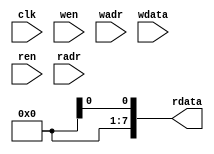
module ram_sync_1r1w
#(
  parameter DATA_WIDTH = 8,
  parameter ADDR_WIDTH = 7,
  parameter DEPTH = 128
)(
  input clk,
  input wen,
  input [ADDR_WIDTH - 1 : 0] wadr,
  input [DATA_WIDTH - 1 : 0] wdata,
  input ren,
  input [ADDR_WIDTH - 1 : 0] radr,
  output [DATA_WIDTH - 1 : 0] rdata
);
  
  // synopsys translate_off
  reg [DATA_WIDTH - 1 : 0] rdata_reg;
  
  reg [DATA_WIDTH - 1 : 0] mem [DEPTH - 1 : 0];
  
  always @(posedge clk) begin
    if (wen) begin
      mem[wadr] <= wdata; // write port
    end
    if (ren) begin
      rdata_reg <= mem[radr]; // read port
    end
  end
  // synopsys translate_on

  assign rdata = rdata_reg;

endmodule